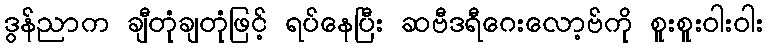
ဒွန်ညာက ချီတုံချတုံဖြင့် ရပ်နေပြီး ဆဗီဒရီဂေးလော့ဗ်ကို စူးစူးဝါးဝါး